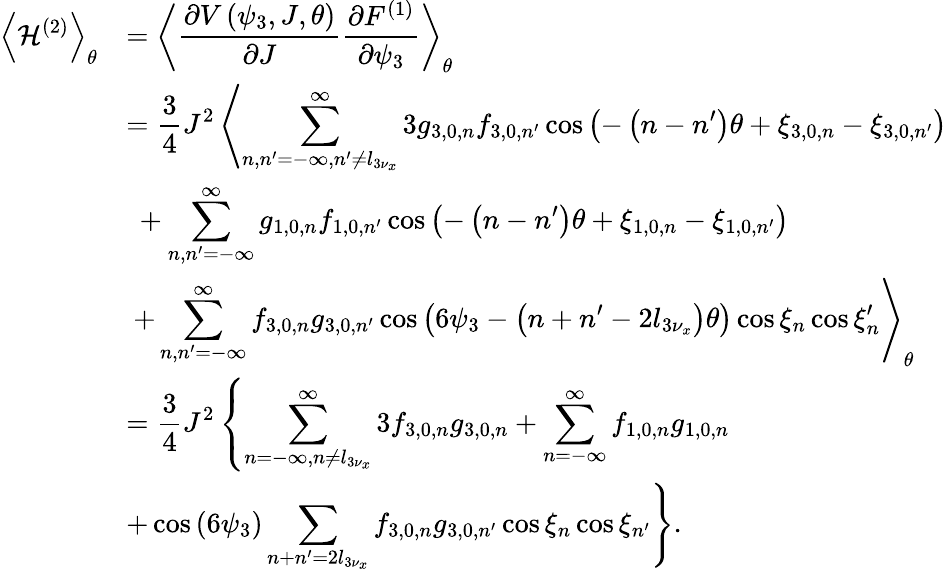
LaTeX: \begin{array}{cl}{\displaystyle\left<{\mathcal{H}^{\left(2\right)}}\right>_{\theta}}&{=\displaystyle\left<{\frac{\partial V\left(\psi_{3},J,\theta\right)}{\partial J}\frac{\partial F^{(1)}}{\partial\psi_{3}}}\right>_{\theta}}\\ &{\displaystyle=\frac{3}{4}J^{2}\left<\sum_{n,n^{\prime}=-\infty,n^{\prime}\neq l_{3\nu_{x}}}^{\infty}{3g_{3,0,n}f_{3,0,n^{\prime}}\cos\left(-\left(n-n^{\prime}\right)\theta+\xi_{3,0,n}-\xi_{3,0,n^{\prime}}\right)}\right.}\\ &{\displaystyle~+\sum_{n,n^{\prime}=-\infty}^{\infty}{g_{1,0,n}f_{1,0,n^{\prime}}\cos\left(-\left(n-n^{\prime}\right)\theta+\xi_{1,0,n}-\xi_{1,0,n^{\prime}}\right)}}\\ &{\displaystyle~\left.+\sum_{n,n^{\prime}=-\infty}^{\infty}{f_{3,0,n}g_{3,0,n^{\prime}}\cos{\left(6\psi_{3}-\left(n+n^{\prime}-2l_{3\nu_{x}}\right)\theta\right)}\cos{\xi_{n}}\cos{\xi_{n}^{\prime}}}\right>_{\theta}}\\ {\displaystyle}&{=\displaystyle\frac{3}{4}{J}^{2}\left\{ \sum_{n=-\infty,n\neq l_{3\nu_{x}}}^{\infty}{3f_{3,0,n}g_{3,0,n}}+\sum_{n=-\infty}^{\infty}{f_{1,0,n}g_{1,0,n}}\right.}\\ &{\displaystyle\left.+\cos{\left(6\psi_{3}\right)}\sum_{n+n^{\prime}=2l_{3\nu_{x}}}{f_{3,0,n}g_{3,0,n^{\prime}}\cos{\xi_{n}}\cos{\xi_{n^{\prime}}}}\right\} .}\end{array}